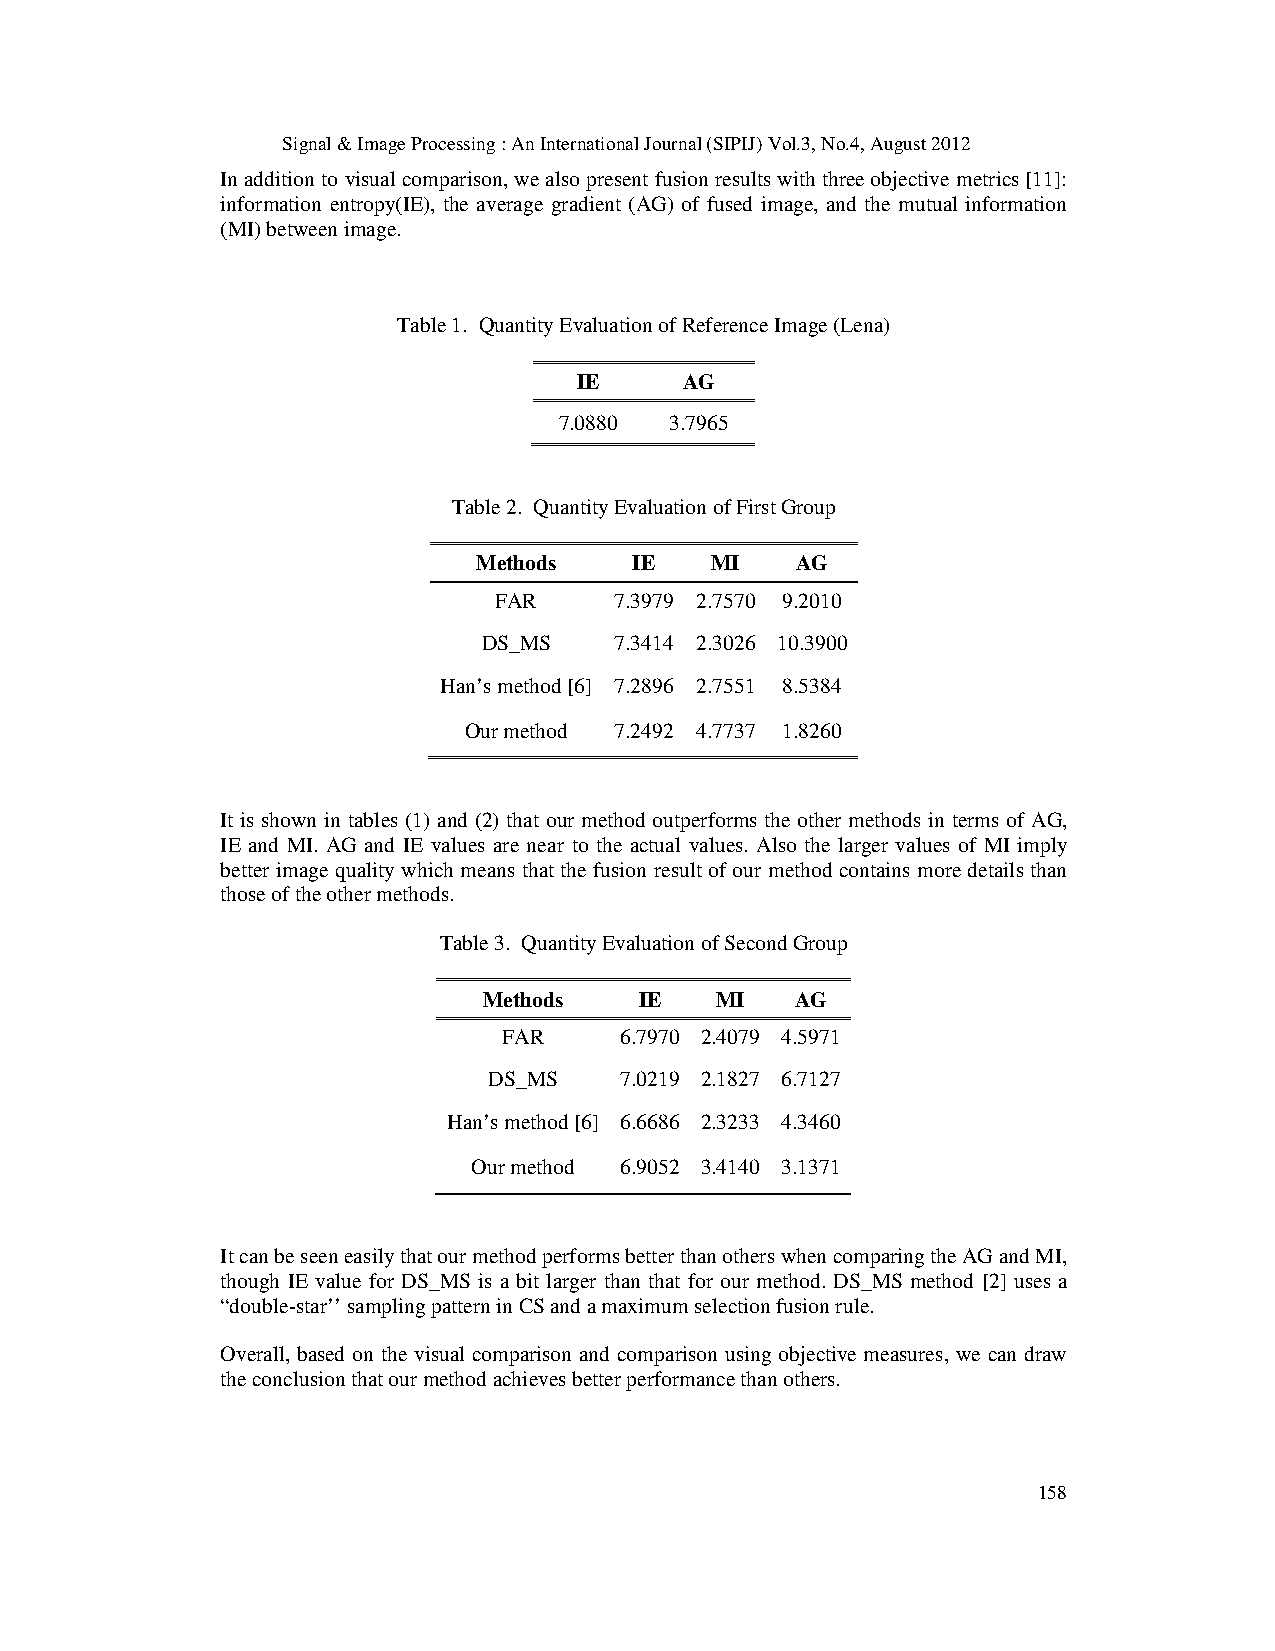
Signal & Image Processing : An International Journal (SIPIJ) Vol.3, No.4, August 2012
 In addition to visual comparison, we also present fusion results with three objective metrics [11]:
 information entropy(IE), the average gradient (AG) of fused image, and the mutual information
 (MI) between image.
 Table 1. Quantity Evaluation of Reference Image (Lena)
 IE     AG
 7.0880 3.7965
 Table 2. Quantity Evaluation of First Group
 Methods   IE   MI    AG
 FAR     7.3979 2.7570 9.2010
 DS_MS    7.3414 2.3026 10.3900
 Han’s method [6] 7.2896 2.7551 8.5384
 Our method 7.2492 4.7737 1.8260
 It is shown in tables (1) and (2) that our method outperforms the other methods in terms of AG,
 IE and MI. AG and IE values are near to the actual values. Also the larger values of MI imply
 better image quality which means that the fusion result of our method contains more details than
 those of the other methods.
 Table 3. Quantity Evaluation of Second Group
 Methods   IE   MI    AG
 FAR     6.7970 2.4079 4.5971
 DS_MS    7.0219 2.1827 6.7127
 Han’s method [6] 6.6686 2.3233 4.3460
 Our method 6.9052 3.4140 3.1371
 It can be seen easily that our method performs better than others when comparing the AG and MI,
 though IE value for DS_MS is a bit larger than that for our method. DS_MS method [2] uses a
 “double-star’’ sampling pattern in CS and a maximum selection fusion rule.
 Overall, based on the visual comparison and comparison using objective measures, we can draw
 the conclusion that our method achieves better performance than others.
 158